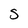
Character: S